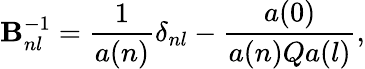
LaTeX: \mathbf{B}_{nl}^{-1}=\frac{{1}}{{a(n)}}\delta_{nl}-\frac{{a(0)}}{{a(n)Qa(l)}},